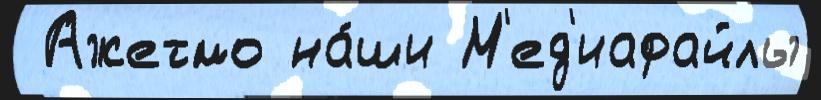
 Ажетмо на́ши М'ед'иафайлы